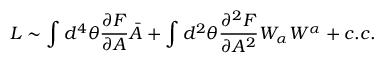
L \sim \int d ^ { 4 } \theta { \frac { \partial F } { \partial A } } \bar { A } + \int d ^ { 2 } \theta { \frac { \partial ^ { 2 } F } { \partial A ^ { 2 } } } W _ { \alpha } W ^ { \alpha } + c . c .